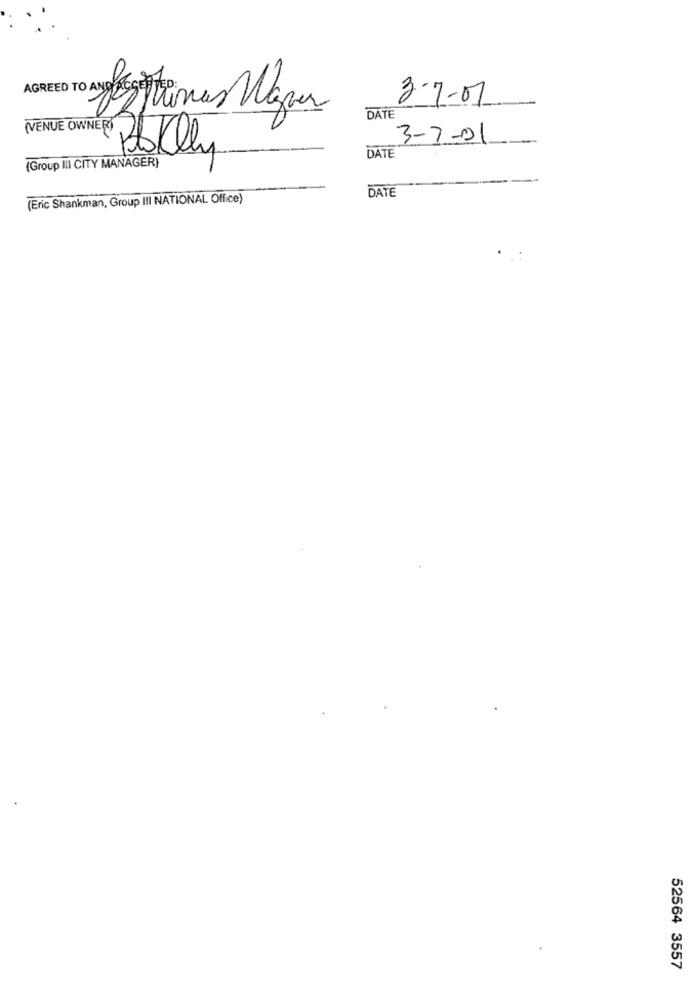
3-7-07
DATE
(VENUE OWNER) ,
3-7-01
Polly
DATE
(Group III CITY MANAGER)
DATE
(Eric Shankman, Group III NATIONAL Office)
52564 3557